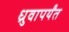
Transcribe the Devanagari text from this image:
ध्रुवापर्यंत